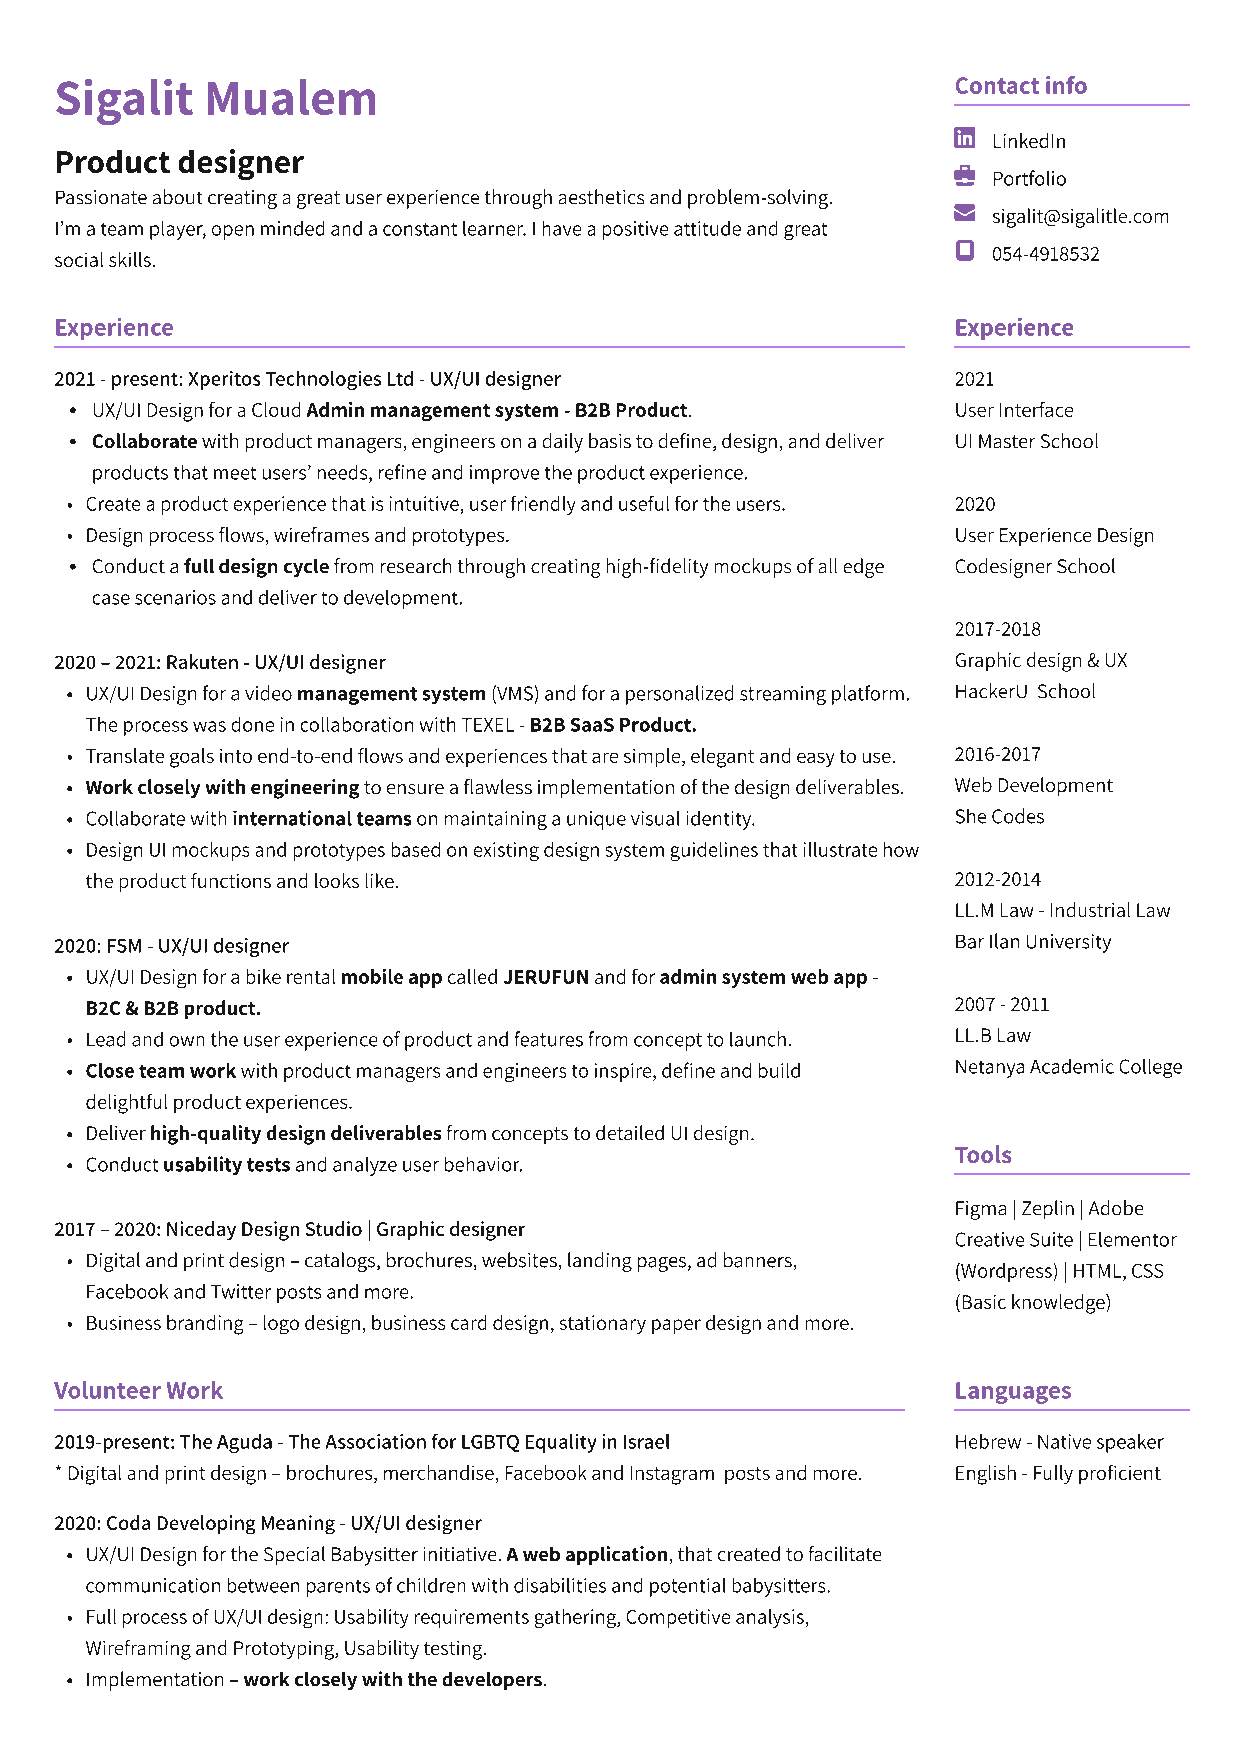
Sigalit  Mualem                                            Contact info
 LinkedIn
 Product designer
 Portfolio
 Passionate about creating a great user experience through aesthetics and problem-solving.
 sigalit@sigalitle.com
 I’m a team player, open minded and a constant learner. I have a positive attitude and great
 054-4918532
 social skills.
 Experience                                                 Experience
 2021 - present: Xperitos Technologies Ltd - UX/UI designer  2021
 UX/UI Design for a Cloud Admin management system - B2B Product  User Interface
 Collaborate with product managers, engineers on a daily basis to define, design, and deliver UI Master School
 products that meet users’ needs, refine and improve the product experience
 Create a product experience that is intuitive, user friendly and useful for the users  2020
 Design process flows, wireframes and prototypes          User Experience Design
 Conduct a full design cycle from research through creating high-fidelity mockups of all edge Codesigner School
 case scenarios and deliver to development.
 2017-2018
 2020 – 2021: Rakuten - UX/UI designe                       Graphic design & UX
 UX/UI Design for a video management system (VMS) and for a personalized streaming platform. HackerU School
 The process was done in collaboration with TEXEL - B2B SaaS Product
 Translate goals into end-to-end flows and experiences that are simple, elegant and easy to use  2016-2017
 Work closely with engineering to ensure a flawless implementation of the design deliverables  Web Development
 Collaborate with international teams on maintaining a unique visual identity  She Codes
 Design UI mockups and prototypes based on existing design system guidelines that illustrate how
 the product functions and looks like.                    2012-2014
 LL.M Law - Industrial Law
 2020: FSM - UX/UI designe                                  Bar Ilan University
 UX/UI Design for a bike rental mobile app called Jerufun and for admin system web app -
 B2C & B2B product                                        2007 - 2011
 Lead and own the user experience of product and features from concept to launch  LL.B Law
 Close team work with product managers and engineers to inspire, define and build Netanya Academic College
 delightful product experiences
 Deliver high-quality design deliverables from concepts to detailed UI design
 Tools
 Conduct usability tests and analyze user behavior.
 Figma | Zeplin | Adobe
 2017 – 2020: Niceday Design Studio | Graphic designer
 Creative Suite | Elementor
 Digital and print design – catalogs, brochures, websites, landing pages, ad banners,
 (Wordpress) | HTML, CSS
 Facebook and Twitter posts and more.
 (Basic knowledge)
 Business branding – logo design, business card design, stationary paper design and more.
 Volunteer Work                                             Languages
 2019-present: The Aguda - The Association for LGBTQ Equality in Israel Hebrew - Native speaker
 * Digital and print design – brochures, merchandise, Facebook and Instagram posts and more. English - Fully proficient
 2020: Coda Developing Meaning - UX/UI designe
 UX/UI Design for the Special Babysitter initiative. A web application, that created to facilitate
 communication between parents of children with disabilities and potential babysitters
 Full process of UX/UI design: Usability requirements gathering, Competitive analysis,
 Wireframing and Prototyping, Usability testing
 Implementation – work closely with the developers.